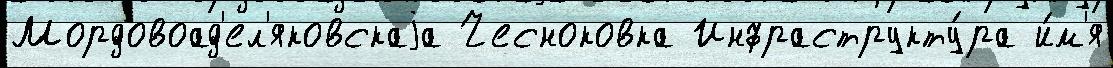
Мордовоад'ел'яковскаjа Чесноковка Инфраструкту́ра и́м'я